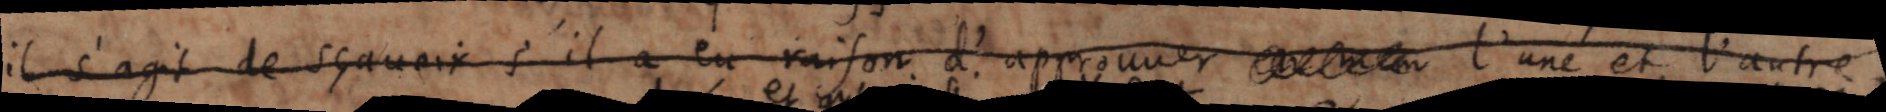
il s’agit de sçavoir s’il a eu raison d’approuver l’une et l’autre ,